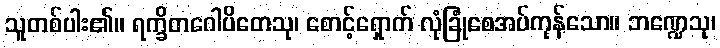
သူတစ်ပါး၏။ ရက္ခိတဂေါပိတေသု၊ စောင့်ရှောက် လုံခြုံစေအပ်ကုန်သော။ ဘဏ္ဍေသု၊